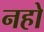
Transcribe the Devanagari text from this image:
नहो